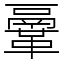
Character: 鞷